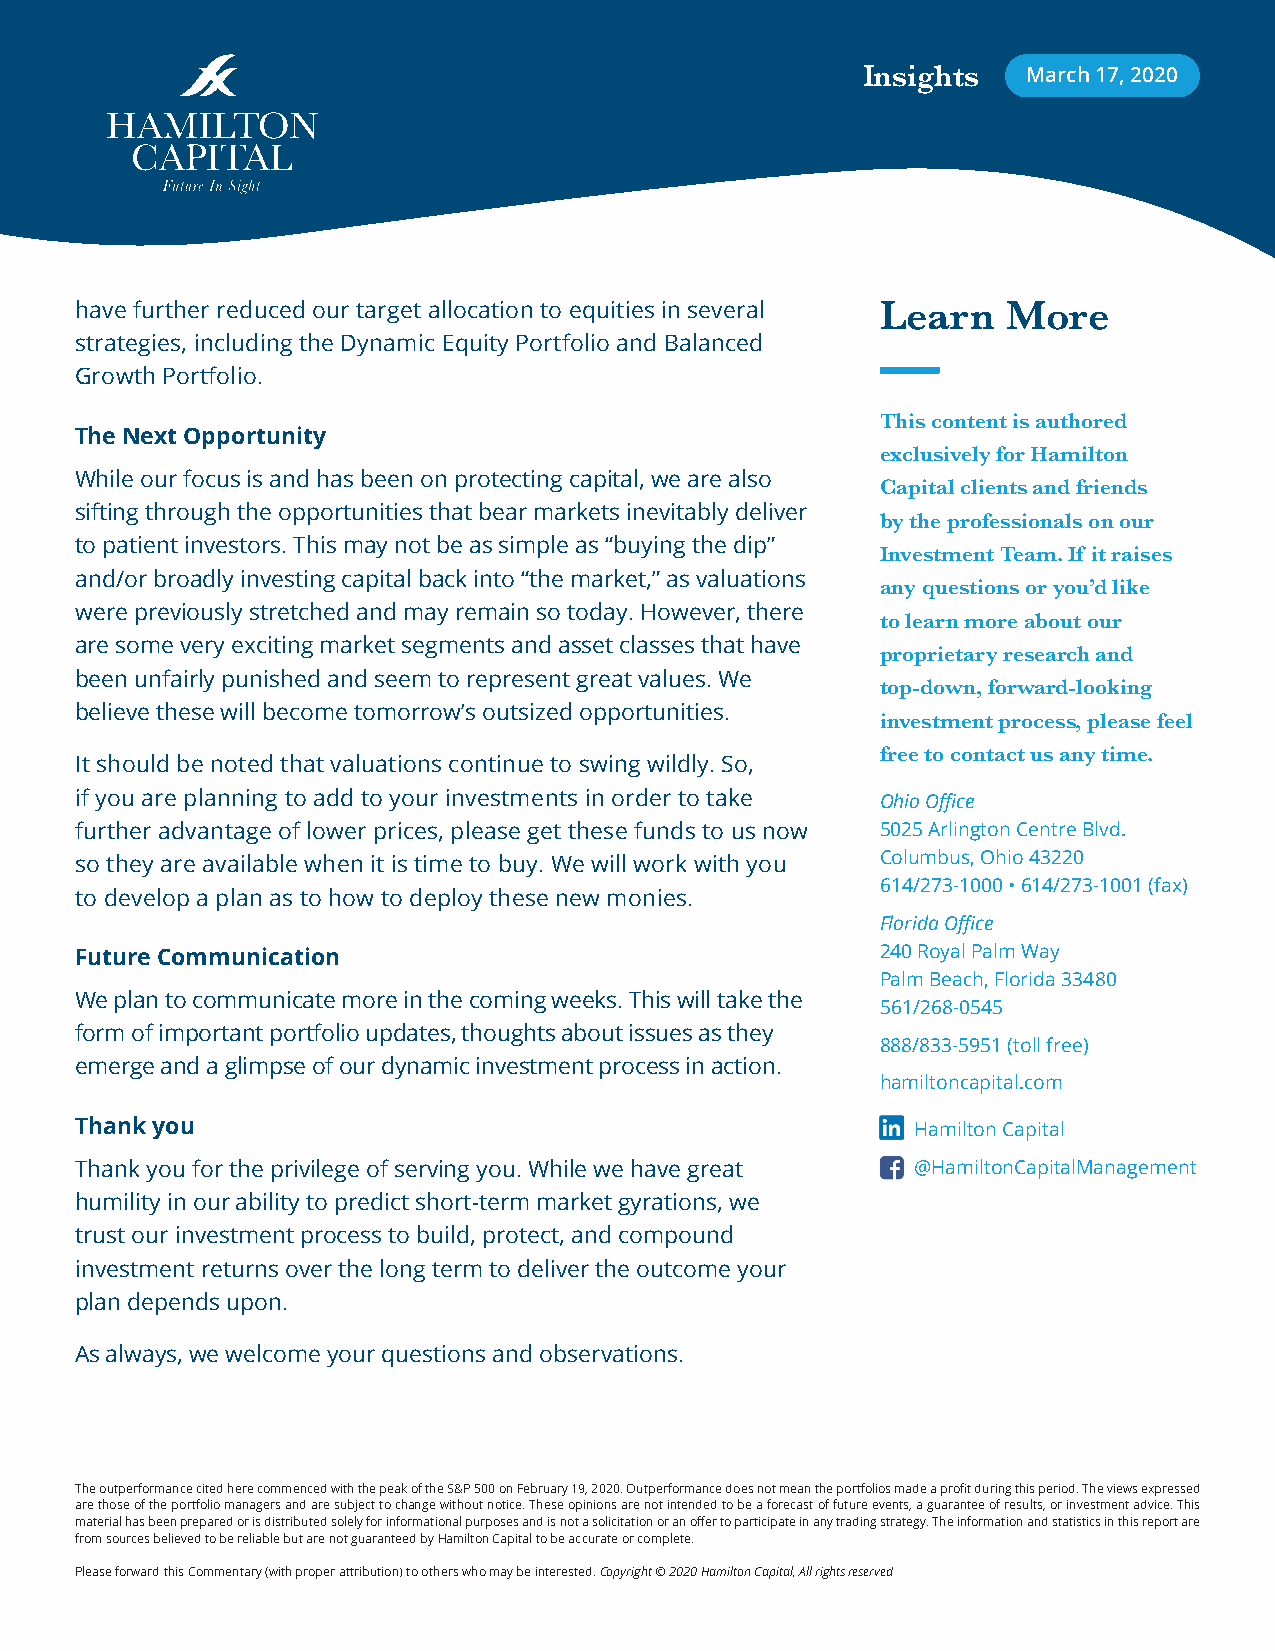
Insights   March 17, 2020
 have further reduced our target allocation to equities in several Learn More
 strategies, including the Dynamic Equity Portfolio and Balanced
 Growth Portfolio.
 This content is authored
 The Next Opportunity
 exclusively for Hamilton
 While our focus is and has been on protecting capital, we are also
 Capital clients and friends
 sifting through the opportunities that bear markets inevitably deliver
 by the professionals on our
 to patient investors. This may not be as simple as “buying the dip”
 Investment Team. If it raises
 and/or broadly investing capital back into “the market,” as valuations
 any questions or you’d like
 were previously stretched and may remain so today. However, there
 to learn more about our
 are some very exciting market segments and asset classes that have
 proprietary research and
 been unfairly punished and seem to represent great values. We
 top-down, forward-looking
 believe these will become tomorrow’s outsized opportunities.
 investment process, please feel
 free to contact us any time.
 It should be noted that valuations continue to swing wildly. So,
 if you are planning to add to your investments in order to take Ohio Office
 further advantage of lower prices, please get these funds to us now 5025 Arlington Centre Blvd.
 so they are available when it is time to buy. We will work with you Columbus, Ohio 43220
 614/273-1000 • 614/273-1001 (fax)
 to develop a plan as to how to deploy these new monies.
 Florida Office
 Future Communication                                 240 Royal Palm Way
 Palm Beach, Florida 33480
 We plan to communicate more in the coming weeks. This will take the
 561/268-0545
 form of important portfolio updates, thoughts about issues as they
 888/833-5951 (toll free)
 emerge and a glimpse of our dynamic investment process in action.
 hamiltoncapital.com
 Thank you                                               Hamilton Capital
 Thank you for the privilege of serving you. While we have great @HamiltonCapitalManagement
 humility in our ability to predict short-term market gyrations, we
 trust our investment process to build, protect, and compound
 investment returns over the long term to deliver the outcome your
 plan depends upon.
 As always, we welcome your questions and observations.
 The outperformance cited here commenced with the peak of the S&P 500 on February 19, 2020. Outperformance does not mean the portfolios made a profit during this period. The views expressed
 are those of the portfolio managers and are subject to change without notice. These opinions are not intended to be a forecast of future events, a guarantee of results, or investment advice. This
 material has been prepared or is distributed solely for informational purposes and is not a solicitation or an offer to participate in any trading strategy. The information and statistics in this report are
 from sources believed to be reliable but are not guaranteed by Hamilton Capital to be accurate or complete.
 Please forward this Commentary (with proper attribution) to others who may be interested. Copyright © 2020 Hamilton Capital, All rights reserved.